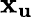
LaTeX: \mathbf{x_{u}}